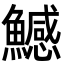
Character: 鱤